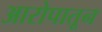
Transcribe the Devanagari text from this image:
आरोपातून